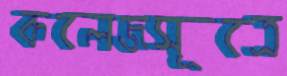
কলেজসূত্রে